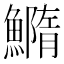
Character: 䲊